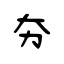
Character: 夯